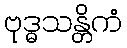
ဗုဒ္ဓသန္တိကံ